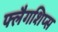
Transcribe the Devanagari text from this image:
फ्लैगशिप्‍स